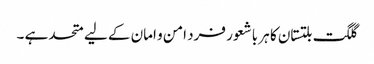
گلگت بلتستان کا ہر با شعور فرد امن و امان کے لیے متحد ہے ۔